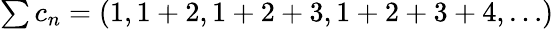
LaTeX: \textstyle\sum c_{n}=(1,1+2,1+2+3,1+2+3+4,\dots)